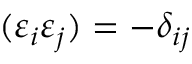
( \varepsilon _ { i } \varepsilon _ { j } ) = - \delta _ { i j }